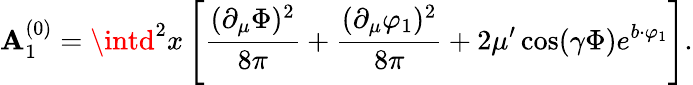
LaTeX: {\cal\mathbf{A}}_{1}^{(0)}=\intd^{2}x\left[\frac{{(\partial_{\mu}\Phi)^{2}}}{{8\pi}}+\frac{{(\partial_{\mu}\varphi_{1})^{2}}}{{8\pi}}+2\mu^{\prime}\cos(\gamma\Phi)e^{b\cdot\varphi_{1}}\right].